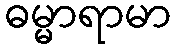
ဓမ္မာရာမာ